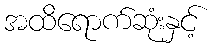
အထိရောက်ဆုံးနှင့်